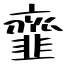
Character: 韲